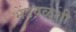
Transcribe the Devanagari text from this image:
भेंडवळशी